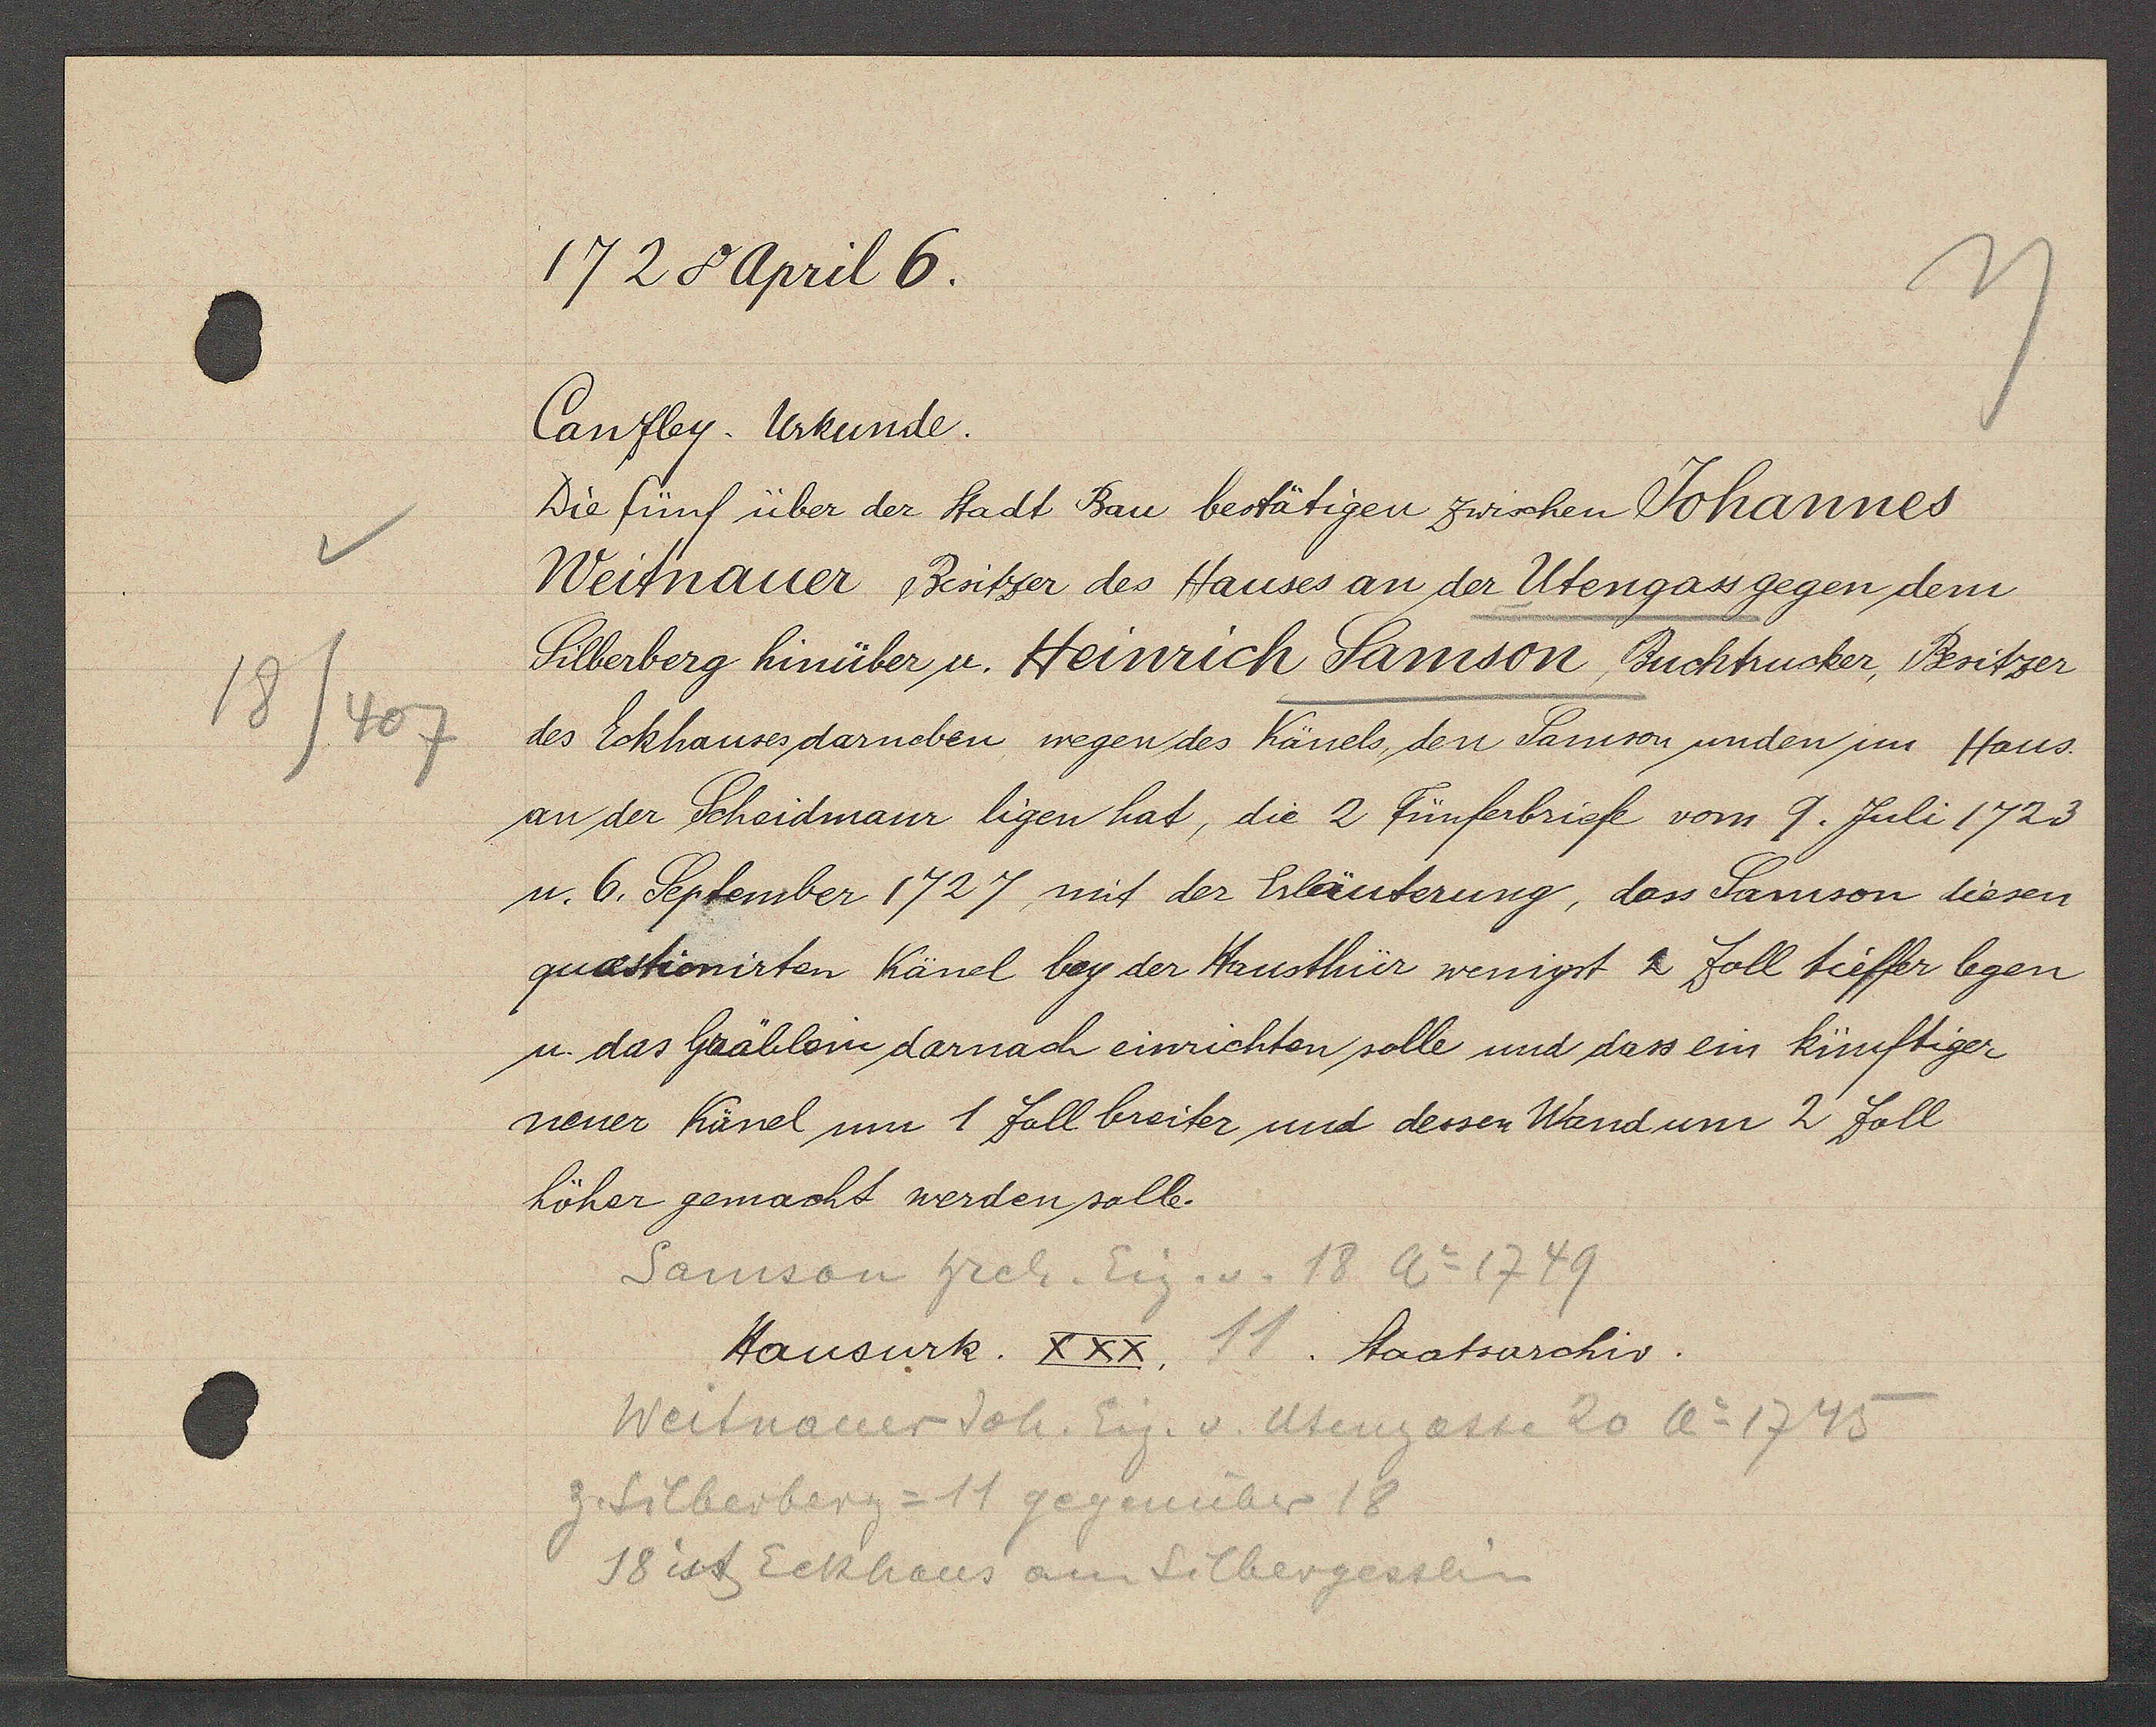
Transcript:
18/407

1728 April 6.

Caufley. Urkunde.
Die fünf über der Stadt Bau bestätigen zwischen Johannes
Weitnauer & Besitzer des Hauses an der Utengass gegen dem
Silberberg hinüber u. Heinrich Samson, Buchtrucker, Besitzer
des Eckhauses darneben wegen des Känels, den Samson unden im Haus.
an der Scheidmaur ligen hat, die 2 Fünferbriefe vom 9. Juli 1723
u. 6. September 1727, mit der Eläuterung, das Samson diesen
quastionirten Känel bey der Hausthür wenigt & foll tieffer legen
u. das Gräblein darnach einrichten solle und dass ein künftiger
neuer Känel um 1 foll breiter und dessen Wand um 2 foll
höher gemacht werden solle.

Samson hrch. Eig. v. 18 Ao 1749
Weitnauer Joh. Eig. v. Utengasse 20 Ao 1745
Z. Silberberg = 11 gegenüber 18
18 ist Eckhaus am Silbergesslein

Hausurk. XXX. 11. Staatsarchiv.